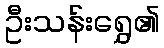
ဦးသန်းရွှေ၏